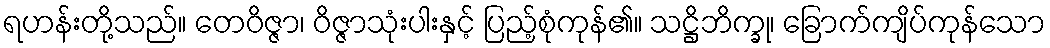
ရဟန်းတို့သည်။ တေဝိဇ္ဇာ၊ ဝိဇ္ဇာသုံးပါးနှင့် ပြည့်စုံကုန်၏။ သဋ္ဌိဘိက္ခု၊ ခြောက်ကျိပ်ကုန်သော